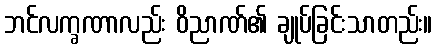
ဘင်လက္ခဏာလည်း ဝိညာဏ်၏ ချုပ်ခြင်းသာတည်း။